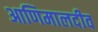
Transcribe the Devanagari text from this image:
आणिमालदीव